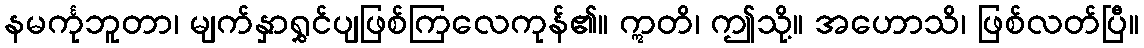
နမင်္ကုဘူတာ၊ မျက်နှာရွှင်ပျဖြစ်ကြလေကုန်၏။ ဣတိ၊ ဤသို့။ အဟောသိ၊ ဖြစ်လတ်ပြီ။